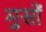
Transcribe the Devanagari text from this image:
मुसों